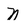
Character: N